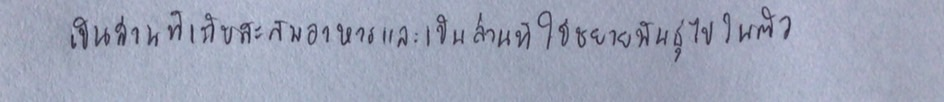
เป็นส่วนที่เก็บสะสมอาหารและเป็นส่วนที่ใช้ขยายพันธุ์ไปในตัว